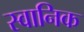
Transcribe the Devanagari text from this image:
स्वानिक